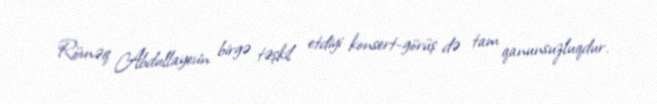
Rövnəq Abdullayevin birgə təşkil etdiyi konsert-görüş də tam qanunsuzluqdur.